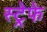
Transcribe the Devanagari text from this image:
स्ट्रेफे